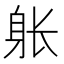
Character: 𲄚